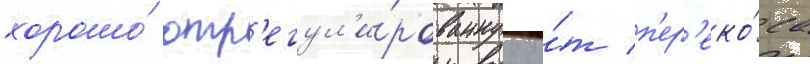
хорошо́ отр'егул'и́рованнуу о́т п'ер'еко́са